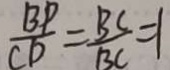
\frac { B P } { C D } = \frac { B C } { B C } = 1